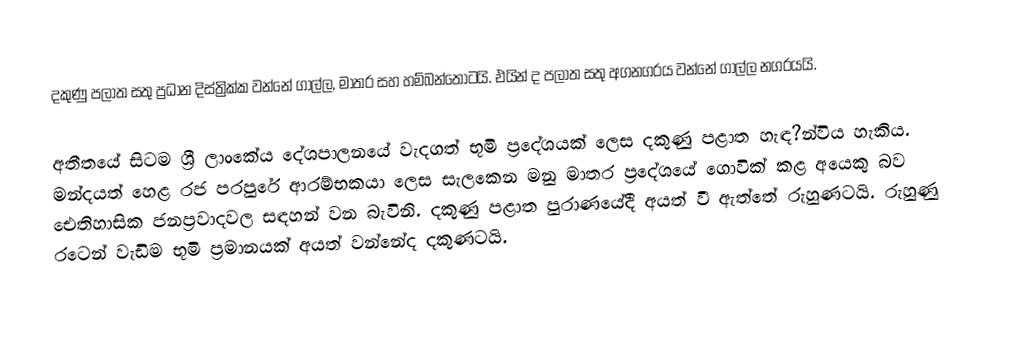
දකුණු පලාත සතු ප්‍රධාන දිස්ත්‍රික්ක වන්නේ ගාල්ල, මාතර සහ හම්බන්තොටයි. එයින් ද පලාත සතු අගනගරය වන්නේ ගාල්ල නගරයයි.

අතීතයේ සිටම ශ්‍රී ලාංකේය දේශපාලනයේ වැදගත් භූමි ප‍්‍රදේශයක් ලෙස දකුණු පළාත හැඳ?න්විය හැකිය. මන්දයත් හෙළ රජ පරපුරේ ආරම්භකයා ලෙස සැලකෙන මනු මාතර ප‍්‍රදේශයේ ගොවික් කළ අයෙකු බව ඓතිහාසික ජනප‍්‍රවාදවල සඳහන් වන බැවිනි. දකුණු පළාත පුරාණයේදී අයත් වී ඇත්තේ රුහුණටයි. රුහුණු රටෙන් වැඩිම භූමි ප‍්‍රමානයක් අයත් වන්නේද දකුණටයි.